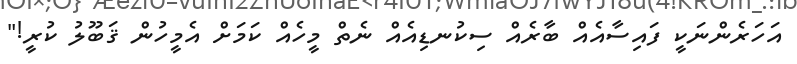
އަހަރެންނަކީ ފައިސާއެއް ބާރެއް ސިކުނޑިއެއް ނެތް މީހެއް ކަމަށް އެމީހުން ޤަބޫލު ކުރީ!"